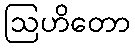
ဩဟိတော